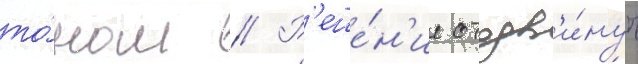
то́ном // Р'еше́н'ие отодв'и́нуть